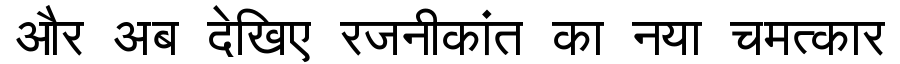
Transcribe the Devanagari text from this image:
और अब देखिए रजनीकांत का नया चमत्कार